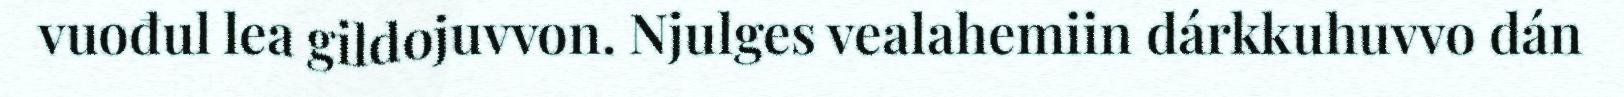
vuođul lea gildojuvvon. Njulges vealahemiin dárkkuhuvvo dán